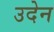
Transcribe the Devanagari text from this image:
उदेन